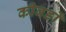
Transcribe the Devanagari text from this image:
कीवर्डों